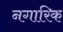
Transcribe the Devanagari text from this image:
नगारिक